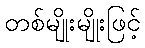
တစ်မျိုးမျိုးဖြင့်